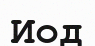
Иод